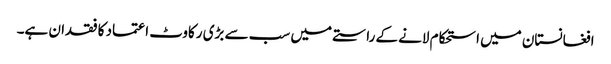
افغانستان میں استحکام لانے کے راستے میں سب سے بڑی رکاوٹ اعتماد کا فقدان ہے۔